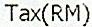
TAX(RM)